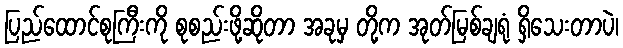
ပြည်ထောင်စုကြီးကို စုစည်းဖို့ဆိုတာ အခုမှ တို့က အုတ်မြစ်ချရုံ ရှိသေးတာပဲ၊